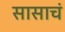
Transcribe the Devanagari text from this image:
सासाचं